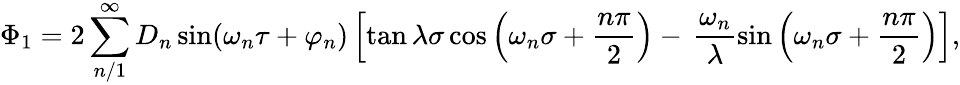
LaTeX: \Phi_{1}=2\sum_{n/1}^{\infty}D_{n}\sin(\omega_{n}\tau+\varphi_{n})\left[\tan\lambda\sigma\cos\left(\omega_{n}\sigma+\frac{n\pi}{2}\right)-\, \frac{\omega_{n}}{\lambda}\sin\left(\omega_{n}\sigma+\frac{n\pi}{2}\right)\right],